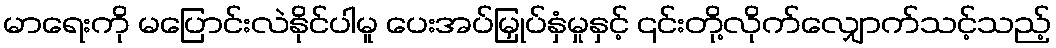
မာရေးကို မပြောင်းလဲနိုင်ပါမူ ပေးအပ်မြှုပ်နှံမှုနှင့် ၎င်းတို့လိုက်လျှောက်သင့်သည့်